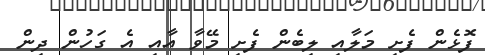
ފޮޅެން ފެށި މަލާއި ލިބެން ފެށި މޭވާ އާއި އެ ގަހުން ދިން